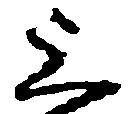
上